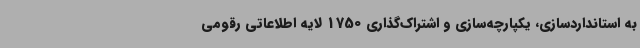
به استانداردسازی، یکپارچه‌سازی و اشتراک‌گذاری 1750 لایه اطلاعاتی رقومی